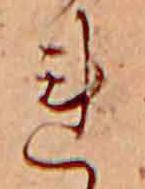
れ